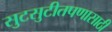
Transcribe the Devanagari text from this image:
सुटसुटीतपणासाठी